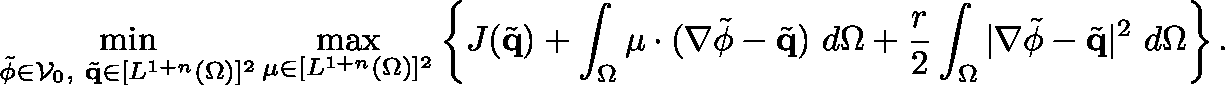
\operatorname* { m i n } _ { \tilde { \phi } \in \mathcal { V } _ { 0 } , ~ \tilde { \mathbf { q } } \in [ L ^ { 1 + n } ( \Omega ) ] ^ { 2 } } \operatorname* { m a x } _ { \mathbf { \mu } \in [ L ^ { 1 + n } ( \Omega ) ] ^ { 2 } } \left\{ J ( \tilde { \mathbf { q } } ) + \int _ { \Omega } \mathbf { \mu } \cdot ( \nabla \tilde { \phi } - \tilde { \mathbf { q } } ) ~ d \Omega + \frac { r } { 2 } \int _ { \Omega } | \nabla \tilde { \phi } - \tilde { \mathbf { q } } | ^ { 2 } ~ d \Omega \right\} .